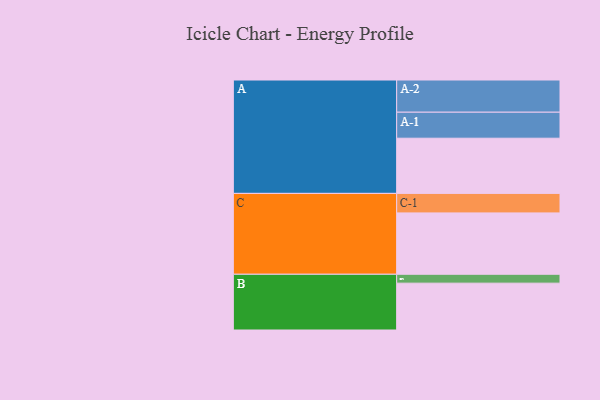
{"axis": {"x": "Segment", "y": "Value"}, "legend": ["", "A", "B", "C"], "data": [{"x": "A", "y": 509, "type": ""}, {"x": "B", "y": 432, "type": ""}, {"x": "C", "y": 566, "type": ""}, {"x": "A-1", "y": 240, "type": "A"}, {"x": "A-2", "y": 297, "type": "A"}, {"x": "B-1", "y": 82, "type": "B"}, {"x": "C-1", "y": 180, "type": "C"}]}